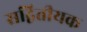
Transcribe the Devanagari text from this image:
सद्वितीयक